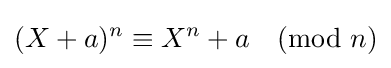
(X+a)^{n}\equiv X^{n}+a{\pmod {n}}